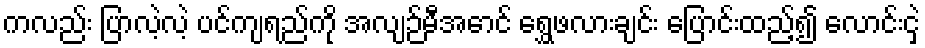
ကလည်း ပြာလဲ့လဲ့ ပင်ကျရည်ကို အလျဉ်မီအောင် ရွှေဖလားချင်း ပြောင်းထည့်၍ လောင်းငှဲ့